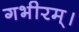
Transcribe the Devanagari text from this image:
गभीरम्।